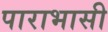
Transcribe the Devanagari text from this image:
पाराभासी